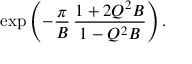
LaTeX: \exp \left( - \frac { \pi } { B } \, \frac { 1 + 2 Q ^ { 2 } B } { 1 - Q ^ { 2 } B } \right) .